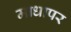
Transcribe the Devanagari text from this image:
माधापर